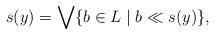
LaTeX: \begin{align*} s(y)=\bigvee\{b\in L\mid b\ll s(y)\},\end{align*}